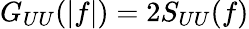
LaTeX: G_{UU}(|f|)=2S_{UU}(f)